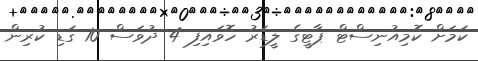
ކަމަށް ކޮމިއުނިސްޓް ޕާޓީގެ ލީޑަރު ހޮވައިފި 4 ދުވަސް 10 ގަޑި ކުރިން